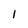
Character: l